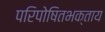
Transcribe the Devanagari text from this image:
परिपोषितभक्ताय